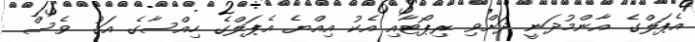
އެޕަލްގެ އާންމުދަނީ ދަށްވި ރިޕޯޓާއި އެކު އިއްޔެ އެޕަލްގެ ހިއްސާގެ އަގު ވެސް